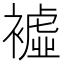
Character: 𧝔